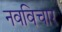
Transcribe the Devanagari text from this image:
नवविचार